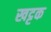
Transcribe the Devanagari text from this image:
खट्टक